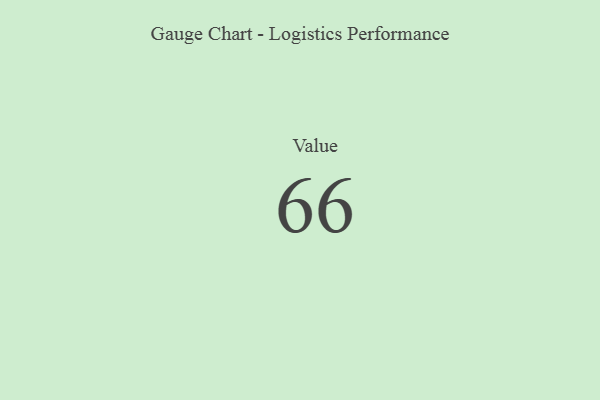
{"axis": {"x": "Metric", "y": "Value"}, "legend": [""], "data": [{"x": "Value", "y": 66, "type": ""}]}